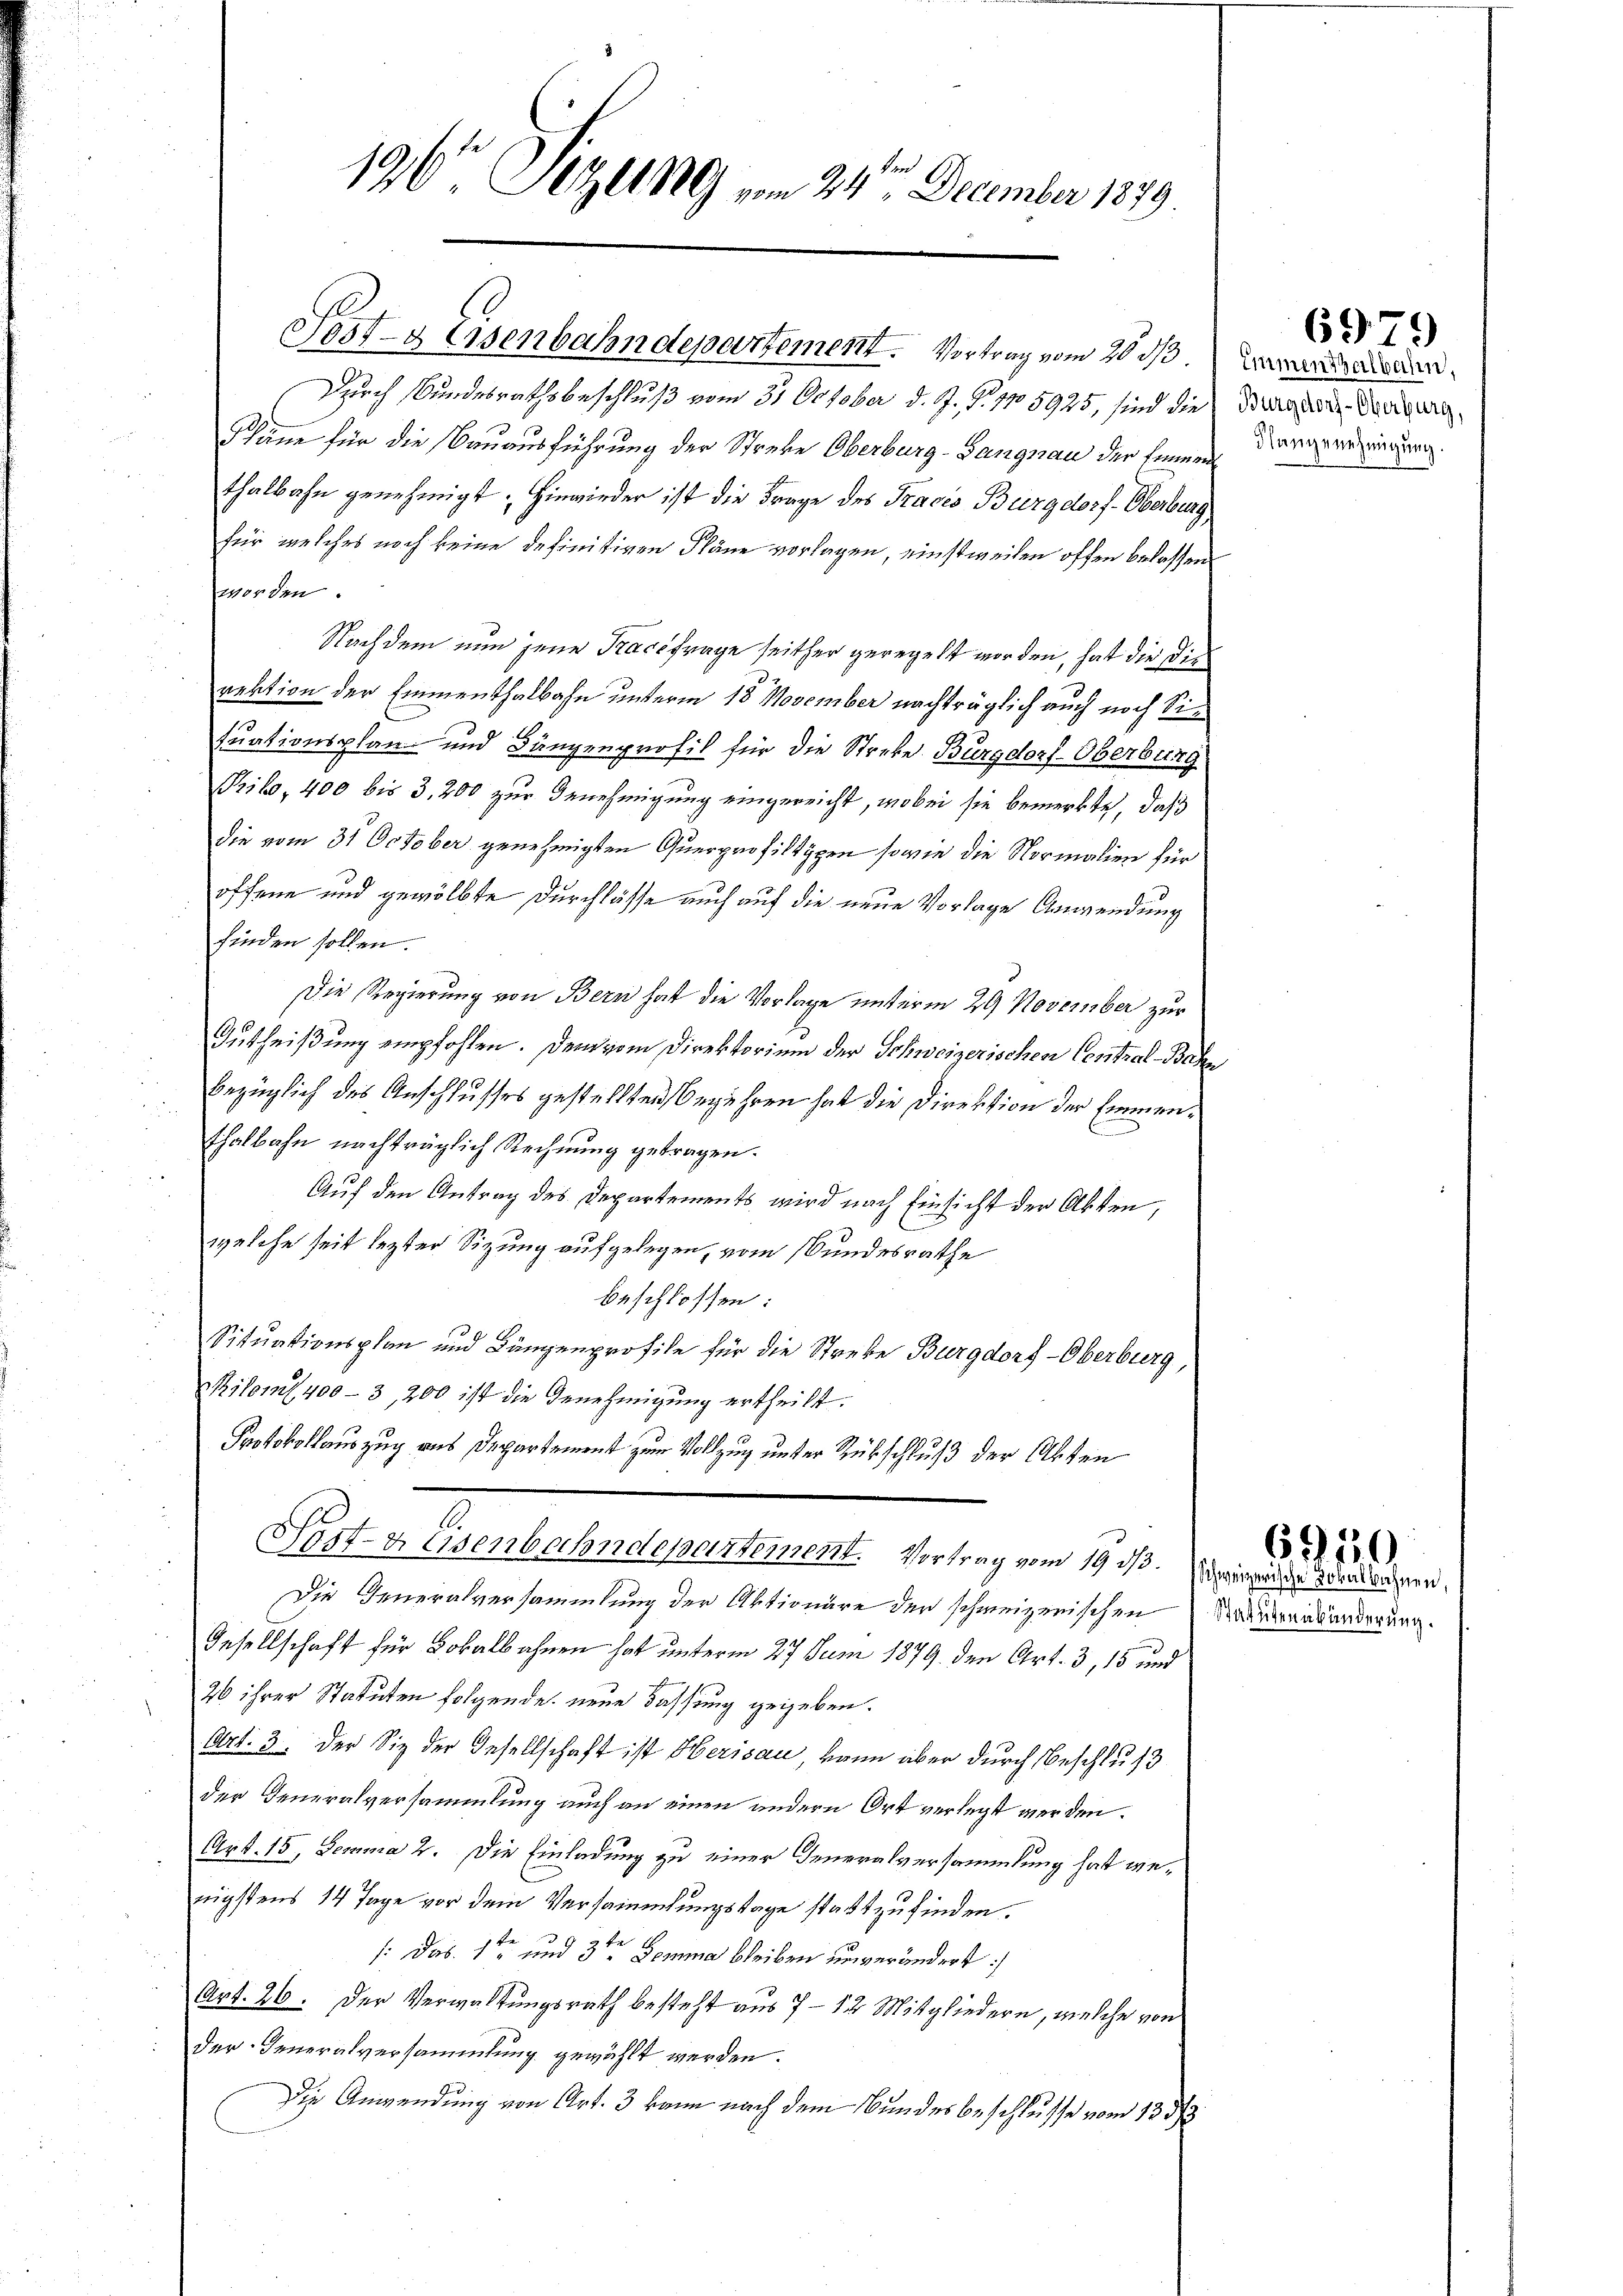
196 Sizung vom 24ten December 1879

Durch Bundesrathsbeschluß vom 31 October d. J. J. 1705925, sind die
Pläne für die Bauausführung der Streke Oberburg-Langnau der Einnen
thalbahn genehmigt; Hinwieder ist die Frage des Tracés Burgdorf-Oberburg
für welches noch keine definitiven Pläne vorlagen, einstweilen offen belassen
worden.
Nachdem nun jene Kracefrage seither geregelt worden, hat die Disrektion der Emmenthalbahn unterm 18. November nachträglich auch noch Situationsplan- und Bängenprofil für die Streke Burgdorf-Oberbung
Pribo, 400 bis 3,200 zur Genehmigung eingereicht, wobei sie bemerkte, daß
die vom 31 October genehmigten Querprofiltypen sowie die Normalien für
offene und gewölbte Durchlasse auch auf die neue Vorlage Anwendung
finden sollen.
Die Regierung von Bern hat die Vorlage unterm 29 November zur
Gutheißung empfohlen. Dem vom Direktorium der Schweizerischen Contral-Bah
bezüglich des Anschlusses gestellten Begehren hat die Direktion der Emmenthalbahn nachträglich Rechnung getragen.
Auf den Antrag des Departements wird nach Einsicht der Akten,
welche seit lezter Sizung aufgelegen, vom Bundesrathe
beschlossen:
Situationsplan und Längenprofile für die Streke Burgdorf-Oberburg,
Pilomit 400 - 3, 200 ist die Genehmigung ertheilt.
Protokollauszug aus Departement zum Vollzug unter Rükschluß der Akten
A
Sostreisenbahndepartement. Vortrag vom 19. ds. Weigende den angen,
Die Generalversammlung der Aktionäre der schweizerischen Bedeutenabänderung.
Gesellschaft für Lokalbahnen hat unterm 27 Juni 1879. den Art. 3, 15 und
26 ihrer Statuten folgende neue Fassung gegeben.
Art: 3. Der Sie der Gesellschaft ist Herisau, kann über durch Beschluß
der Generalversammlung auch an einen andern Ort verlegt werden.
Art. 15, Lemma 2. Die Einladung zu einer Generalversammlung hat wenigstens 14 Tage vor dem Versammlungstage stattzufinden.
5 pr
/: das 1ten und 3ten Demma bleiben unverändert:
Art. 26. Der Verwaltungsrath besteht aus 7 - 12 Mitgliedern, welche von
der Generalversammlung gewählt werden.
Die Anwendung von Art. 3 kann nach dem Bundesbeschlusse vom 13. 372

Post- & Eisenbahndepartement. Vortrag vom 20. ds

6979

Emmenthalbahn,
Burgdorf-Oberburg,
Klangenehmigung.

6910